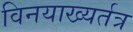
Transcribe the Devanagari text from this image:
विनयाख्यर्तत्र